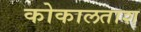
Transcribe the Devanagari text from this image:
कोकालताश